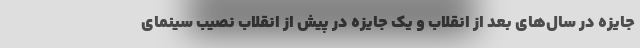
جایزه در سال‌های بعد از انقلاب و یک جایزه در پیش از انقلاب نصیب سینمای